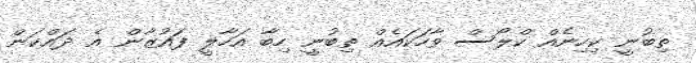
ތިބުނީ ކިހިނެއް ކްލޯސް ވާހަކައެއް ތިބުނީ ހިބާ އަހާލީ ފައުޒާން އެ ދައްކަން